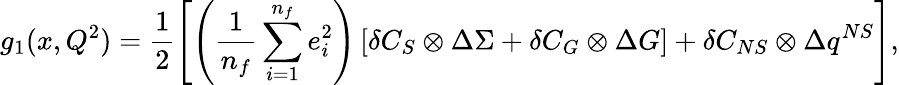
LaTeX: g_{1}(x,Q^{2})=\frac{1}{2}\Biggl[\left(\frac{1}{n_{f}}\sum_{i=1}^{n_{f}}e_{i}^{2}\right)\left[\delta C_{S}\otimes\Delta\Sigma+\delta C_{G}\otimes\Delta G\right]+\delta C_{NS}\otimes\Delta q^{NS}\Biggr],